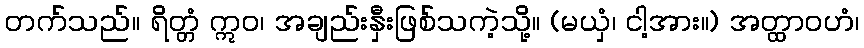
တက်သည်။ ရိတ္တံ ဣဝ၊ အချည်းနှီးဖြစ်သကဲ့သို့။ (မယှံ၊ ငါ့အား။) အတ္ထာဝဟံ၊